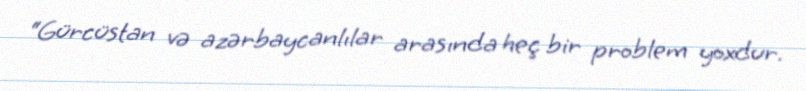
“Gürcüstan və azərbaycanlılar arasında heç bir problem yoxdur.